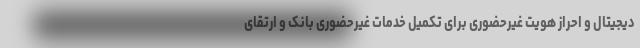
دیجیتال و احراز هویت غیرحضوری برای تکمیل خدمات غیرحضوری بانک و ارتقای